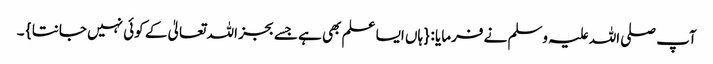
آپ صلی اللہ علیہ وسلم نے فرمایا : { ہاں ایسا علم بھی ہے جسے بجز اللہ تعالیٰ کے کوئی نہیں جانتا } ۔